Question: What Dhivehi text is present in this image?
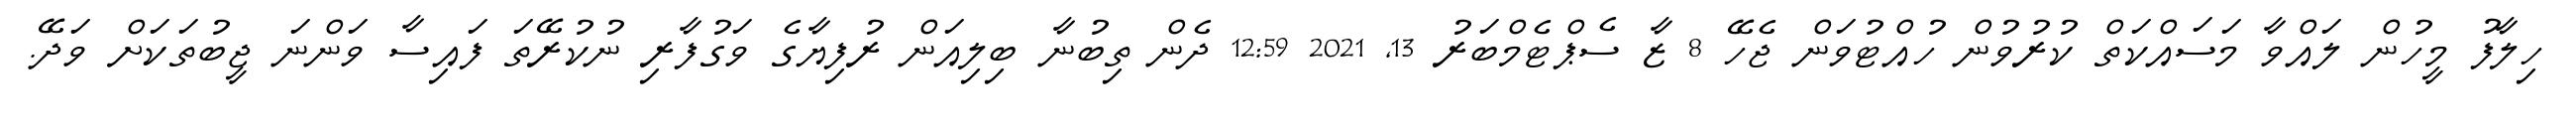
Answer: ހިލާފު މީހުން ލައްވާ މަސައްކަތް ކުރުވުން ހުއްޓުވަން ޖެހޭ 8 ޒާ ސެޕްޓެމްބަރު 13, 2021 12:59 ދެން ތިބުނާ ބިލިއަން ރުފިޔާގެ ވަގުފާރި ނުކުރޭތަ ފައިސާ ވަންނަ ޖީބުތަކަށް ވަދޭ.